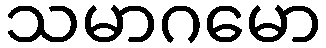
သမာဂမော